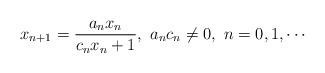
LaTeX: \begin{align*}x_{n+1}=\frac{a_nx_n}{c_nx_n+1}, \ a_nc_n\neq0, \ n=0,1,\cdots \end{align*}